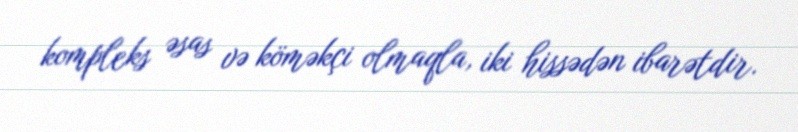
kompleks əsas və köməkçi olmaqla, iki hissədən ibarətdir.